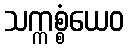
သက္ကစ္စံယေဝ